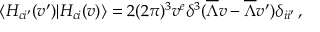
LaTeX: \langle H _ { c i ^ { \prime } } ( v ^ { \prime } ) | H _ { c i } ( v ) \rangle = 2 ( 2 \pi ) ^ { 3 } v ^ { e } \delta ^ { 3 } ( \overline { { { \Lambda } } } v - \overline { { { \Lambda } } } v ^ { \prime } ) \delta _ { i i ^ { \prime } } \, ,